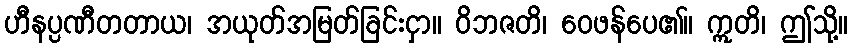
ဟီနပ္ပဏီတတာယ၊ အယုတ်အမြတ်ခြင်းငှာ။ ဝိဘဇတိ၊ ဝေဖန်ပေ၏။ ဣတိ၊ ဤသို့။